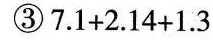
③7.1+2.14+1.3